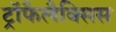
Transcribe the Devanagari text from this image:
ट्रॉफैलैक्सिस